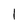
Character: 1